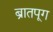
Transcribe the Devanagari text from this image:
ब्रातपूग